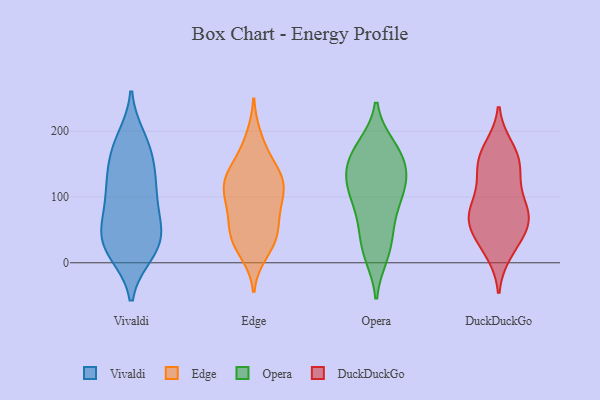
{"axis": {"x": "Revenue (USD Million)", "y": "Value"}, "legend": ["DuckDuckGo", "Edge", "Opera", "Vivaldi"], "data": [{"x": "", "y": 178, "type": "Vivaldi"}, {"x": "", "y": 23, "type": "Vivaldi"}, {"x": "", "y": 76, "type": "Vivaldi"}, {"x": "", "y": 17, "type": "Vivaldi"}, {"x": "", "y": 15, "type": "Vivaldi"}, {"x": "", "y": 52, "type": "Vivaldi"}, {"x": "", "y": 152, "type": "Vivaldi"}, {"x": "", "y": 29, "type": "Vivaldi"}, {"x": "", "y": 136, "type": "Vivaldi"}, {"x": "", "y": 49, "type": "Vivaldi"}, {"x": "", "y": 117, "type": "Vivaldi"}, {"x": "", "y": 116, "type": "Vivaldi"}, {"x": "", "y": 77, "type": "Vivaldi"}, {"x": "", "y": 175, "type": "Vivaldi"}, {"x": "", "y": 36, "type": "Vivaldi"}, {"x": "", "y": 188, "type": "Vivaldi"}, {"x": "", "y": 106, "type": "Vivaldi"}, {"x": "", "y": 28, "type": "Edge"}, {"x": "", "y": 122, "type": "Edge"}, {"x": "", "y": 53, "type": "Edge"}, {"x": "", "y": 119, "type": "Edge"}, {"x": "", "y": 96, "type": "Edge"}, {"x": "", "y": 124, "type": "Edge"}, {"x": "", "y": 190, "type": "Edge"}, {"x": "", "y": 39, "type": "Edge"}, {"x": "", "y": 50, "type": "Edge"}, {"x": "", "y": 171, "type": "Edge"}, {"x": "", "y": 138, "type": "Edge"}, {"x": "", "y": 80, "type": "Edge"}, {"x": "", "y": 99, "type": "Edge"}, {"x": "", "y": 36, "type": "Edge"}, {"x": "", "y": 135, "type": "Edge"}, {"x": "", "y": 16, "type": "Edge"}, {"x": "", "y": 131, "type": "Edge"}, {"x": "", "y": 85, "type": "Edge"}, {"x": "", "y": 178, "type": "Opera"}, {"x": "", "y": 130, "type": "Opera"}, {"x": "", "y": 148, "type": "Opera"}, {"x": "", "y": 51, "type": "Opera"}, {"x": "", "y": 122, "type": "Opera"}, {"x": "", "y": 145, "type": "Opera"}, {"x": "", "y": 116, "type": "Opera"}, {"x": "", "y": 168, "type": "Opera"}, {"x": "", "y": 29, "type": "Opera"}, {"x": "", "y": 128, "type": "Opera"}, {"x": "", "y": 11, "type": "Opera"}, {"x": "", "y": 102, "type": "Opera"}, {"x": "", "y": 13, "type": "Opera"}, {"x": "", "y": 94, "type": "Opera"}, {"x": "", "y": 87, "type": "Opera"}, {"x": "", "y": 60, "type": "Opera"}, {"x": "", "y": 178, "type": "Opera"}, {"x": "", "y": 164, "type": "Opera"}, {"x": "", "y": 81, "type": "DuckDuckGo"}, {"x": "", "y": 162, "type": "DuckDuckGo"}, {"x": "", "y": 71, "type": "DuckDuckGo"}, {"x": "", "y": 175, "type": "DuckDuckGo"}, {"x": "", "y": 63, "type": "DuckDuckGo"}, {"x": "", "y": 57, "type": "DuckDuckGo"}, {"x": "", "y": 167, "type": "DuckDuckGo"}, {"x": "", "y": 39, "type": "DuckDuckGo"}, {"x": "", "y": 23, "type": "DuckDuckGo"}, {"x": "", "y": 67, "type": "DuckDuckGo"}, {"x": "", "y": 138, "type": "DuckDuckGo"}, {"x": "", "y": 16, "type": "DuckDuckGo"}, {"x": "", "y": 147, "type": "DuckDuckGo"}, {"x": "", "y": 103, "type": "DuckDuckGo"}, {"x": "", "y": 63, "type": "DuckDuckGo"}, {"x": "", "y": 92, "type": "DuckDuckGo"}, {"x": "", "y": 134, "type": "DuckDuckGo"}]}